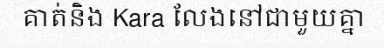
គាត់និង Kara លែងនៅជាមួយគ្នា